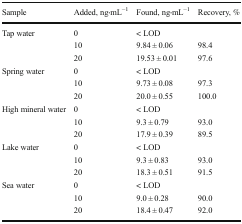
| Sample | Added, ng⋅mL−1 | Found, ng⋅mL−1 | Recovery, % |
 | --- | --- | --- | --- |
 | <ROWSPAN=3> Tap water | 0 | < LOD |  |
 | 10 | 9.84 ± 0.06 | 98.4 |
 | 20 | 19.53 ± 0.01 | 97.6 |
 | <ROWSPAN=3> Spring water | 0 | < LOD |  |
 | 10 | 9.73 ± 0.08 | 97.3 |
 | 20 | 20.0 ± 0.55 | 100.0 |
 | <ROWSPAN=3> High mineral water | 0 | < LOD |  |
 | 10 | 9.3 ± 0.79 | 93.0 |
 | 20 | 17.9 ± 0.39 | 89.5 |
 | <ROWSPAN=3> Lake water | 0 | < LOD |  |
 | 10 | 9.3 ± 0.83 | 93.0 |
 | 20 | 18.3 ± 0.51 | 91.5 |
 | <ROWSPAN=3> Sea water | 0 | < LOD |  |
 | 10 | 9.0 ± 0.28 | 90.0 |
 | 20 | 18.4 ± 0.47 | 92.0 |